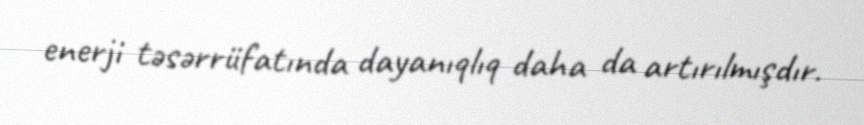
enerji təsərrüfatında dayanıqlıq daha da artırılmışdır.